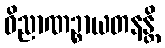
ဝိညာဏဉ္စာယတနန္တိ